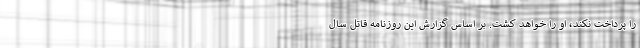
را پرداخت نکند، او را خواهد کشت. بر اساس گزارش این روزنامه قاتل سال